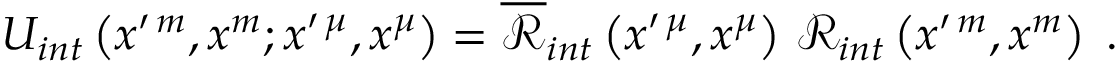
\begin{array} { r } { U _ { i n t } \left( x ^ { \prime \, m } , x ^ { m } ; x ^ { \prime \, \mu } , x ^ { \mu } \right) = \overline { { \mathcal { R } } } _ { i n t } \left( x ^ { \prime \, \mu } , x ^ { \mu } \right) \, \mathcal { R } _ { i n t } \left( x ^ { \prime \, m } , x ^ { m } \right) \; . } \end{array}